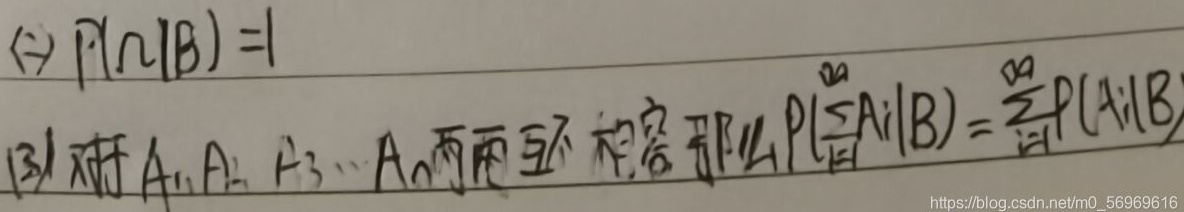
\textcircled{2} \(P(A\cap B)=1\)

(3) 对于 \(A_1, A_2, A_3,\cdots, A_n\) 两两互不相容，那么 \(P(\sum_{i = 1}^{\infty}A_i|B)=\sum_{i = 1}^{\infty}P(A_i|B)\)